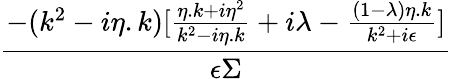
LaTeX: \frac{-(k^{2}-i\eta.k)[\frac{\eta.k+i\eta^{2}}{k^{2}-i\eta.k}+i\lambda-\frac{(1-\lambda)\eta.k}{k^{2}+i\epsilon}]}{\epsilon\Sigma}